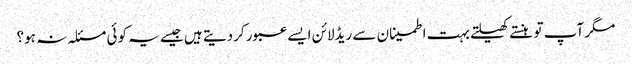
مگر آپ تو ہنستے کھیلتے بہت اطمینان سے ریڈلائن ایسے عبور کردیتے ہیں جیسے یہ کوئی مسئلہ نہ ہو؟